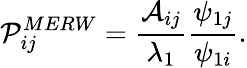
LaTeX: \mathcal{P}_{ij}^{MERW}=\frac{\mathcal{A}_{ij}}{\lambda_{1}}\frac{\psi_{1j}}{\psi_{1i}}.